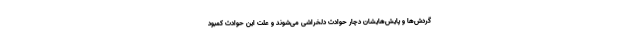
گردش‌ها و پایش‌هایشان دچار حوادث دلخراشی می‌شوند و علت این حوادث کمبود